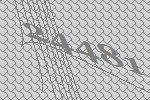
24481